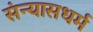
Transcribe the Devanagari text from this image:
संन्यासधर्म